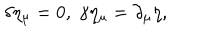
LaTeX: \delta \eta _ { \mu } = 0 , \; \gamma \eta _ { \mu } = \partial _ { \mu } \eta ,